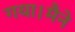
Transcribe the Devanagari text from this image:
गया।मैने